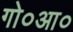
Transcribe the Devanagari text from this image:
गो०आ०